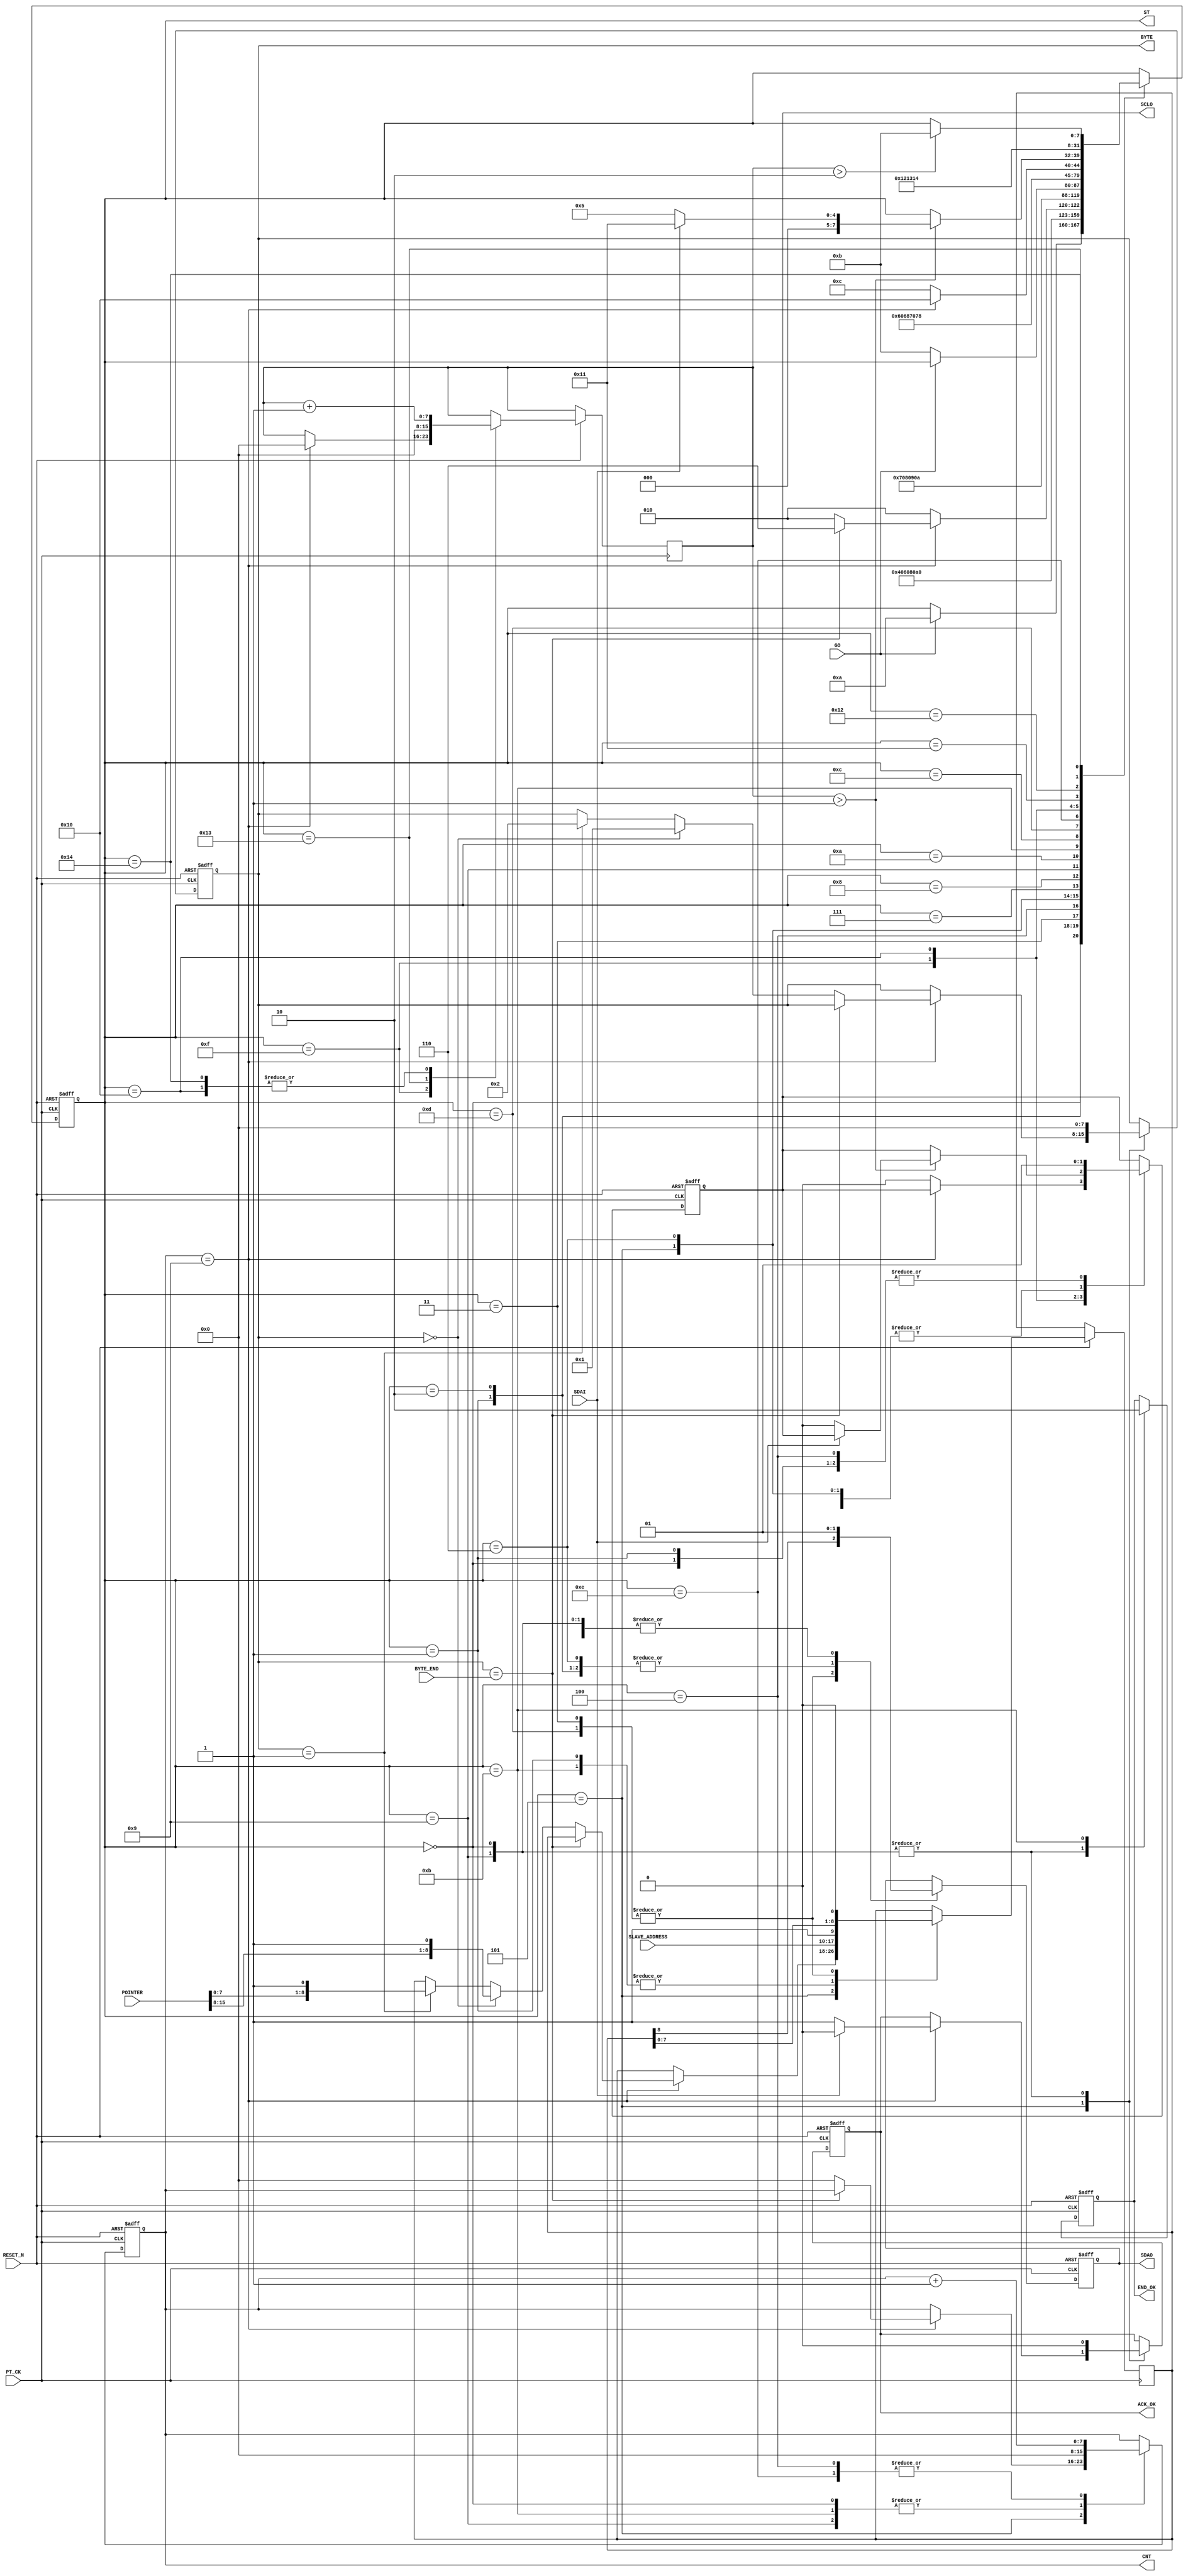
module I2C_WRITE_PTR  (
   input  				RESET_N ,
	input      			PT_CK,
	input      			GO,
	input      [15:0]	POINTER,
	input      [7:0]	SLAVE_ADDRESS,	
	input      			SDAI,
	output reg 			SDAO,
	output reg 			SCLO,
	output reg 			END_OK,
	
	//--for test 
	output reg [7:0]	ST ,
	output reg 			ACK_OK,
	output reg [7:0] 	CNT ,
	output reg [7:0] 	BYTE  ,
	input      [7:0] 	BYTE_END //1 byte pointer   :2 1 byte pointer	
	
);

reg   [8:0]A ;
reg   [7:0]DELY ;

always @( negedge RESET_N or posedge  PT_CK )begin
if ( !RESET_N ) begin 
            ST <=0;
		      SDAO   <=1; 
	         SCLO   <=1;
	         ACK_OK <=0;
	         CNT    <=0;
	         END_OK <=1;
	         BYTE   <=0;	   
 end  
else 
	  case (ST[7:0] )
	     0: begin  //start 		      
		      SDAO   <=1; 
	         SCLO   <=1;
	         ACK_OK <=0;
	         CNT    <=0;
	         END_OK <=1;
	         BYTE   <=0;	
	         if (GO) ST  <=10 ; // inital 							
		    end	  
	    1: begin  //start 
		      ST <=2 ; 
			   { SDAO,  SCLO } <= 2'b01; 
				A <= {SLAVE_ADDRESS ,1'b1 };//WRITE COMMAND
		    end
	    2: begin  //start 
		      ST <=3 ; 
			   { SDAO,  SCLO } <= 2'b00; 
		    end			 
	    3: begin  //start 
		      ST <=4 ; 
			   { SDAO, A } <= { A ,1'b0 }; 
		    end
	    4: begin  //start 
		      ST <=5 ; 
			   SCLO <= 1'b1 ; 
				CNT <= CNT +1 ;
		    end
			 
	    5: begin  
			 SCLO <= 1'b0 ; 
			 if (CNT==9) begin
				      if ( BYTE ==BYTE_END )  ST <= 6 ; 
					   else  
						begin 
							CNT <=0 ; 
							     if  (BYTE ==0)  begin  A <= {POINTER[15:8] ,1'b1 };   BYTE <=1 ; end 
							else if  (BYTE ==1)  begin  A <= {POINTER[7:0] ,1'b1 };    BYTE <=2 ; end 
							ST <= 2 ; 
						end
					   if   ( !SDAI ) ACK_OK <=1 ; 
					   else  ACK_OK <=0 ; 
				 end
			 else ST <= 2;
		    end
	    6: begin          //stop
				ST <=7 ; 
			   {SDAO,SCLO } <= 2'b00; 
         end

	    7: begin          //stop
		      ST <=8 ; 
			   {SDAO,SCLO } <= 2'b01; 
         end
	    8: begin          //stop
		      ST <=9 ; 
			   {SDAO,SCLO } <= 2'b11; 						
         end //stop
		9:	begin
		      ST     <= 10; 
		      SDAO   <=1; 
	         SCLO   <=1;
	         ACK_OK <=0;
	         CNT    <=0;
	         END_OK <=1;
	         BYTE   <=0;					
		     end
		//--- END ---
		 10: begin
            if ( !GO  ) ST  <=11;
          end
	  //---SLEEP UP-----		 
	    11: begin  //
		      END_OK<=0;
				CNT <=0 ; 
		      ST  <=12 ; 
			   { SDAO,  SCLO } <= 2'b01; 
				A <= {SLAVE_ADDRESS ,1'b1 };//WRITE COMMAND
		    end
	    12: begin  //start 
		      ST <=13 ; 
			   { SDAO,  SCLO } <= 2'b00; 
		    end			 
	    13: begin  //start 
		      ST <=14 ; 
			   { SDAO, A } <= { A ,1'b0 }; 
		    end
	    14: begin  //start 
		      ST <=15 ; 
			   SCLO <= 1'b1 ; 
				CNT <= CNT +1 ;
		    end
			 
	    15: begin  
			  
			  if (CNT==9)  begin DELY<=0;  ST <=  16;end 
			  else begin ST <=  12; SCLO <= 1'b0 ; end 
		    end	
 			 
	    16: begin  
		         DELY<=DELY+1;
				   if ( DELY > 1 )  begin 
				         if ( SDAI==1 ) begin ST <=  17 ; //{ SDAO,  SCLO } <= 2'b11; 
							end
			            else  
							begin ST <=5 ;SCLO <= 1'b0;  end 
			      end
				end	
				
///----	   
        17: begin          //stop
				ST <=18 ; 
			   {SDAO,SCLO } <= 2'b00; 
         end

	    18: begin          //stop
		      ST <=19 ; 
			   {SDAO,SCLO } <= 2'b01; 
         end
	    19: begin          // restart 
		       ST <= 20 ;  
			   {SDAO,SCLO } <= 2'b11; 
				 DELY<=0;
         end 
	    20: begin  
		          DELY<=DELY+1;
				     if ( DELY > 2 )  ST <=11 ;
				end 				
				
				
				
				
	  endcase 
 end
 
endmodule